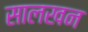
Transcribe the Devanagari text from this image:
सालखन